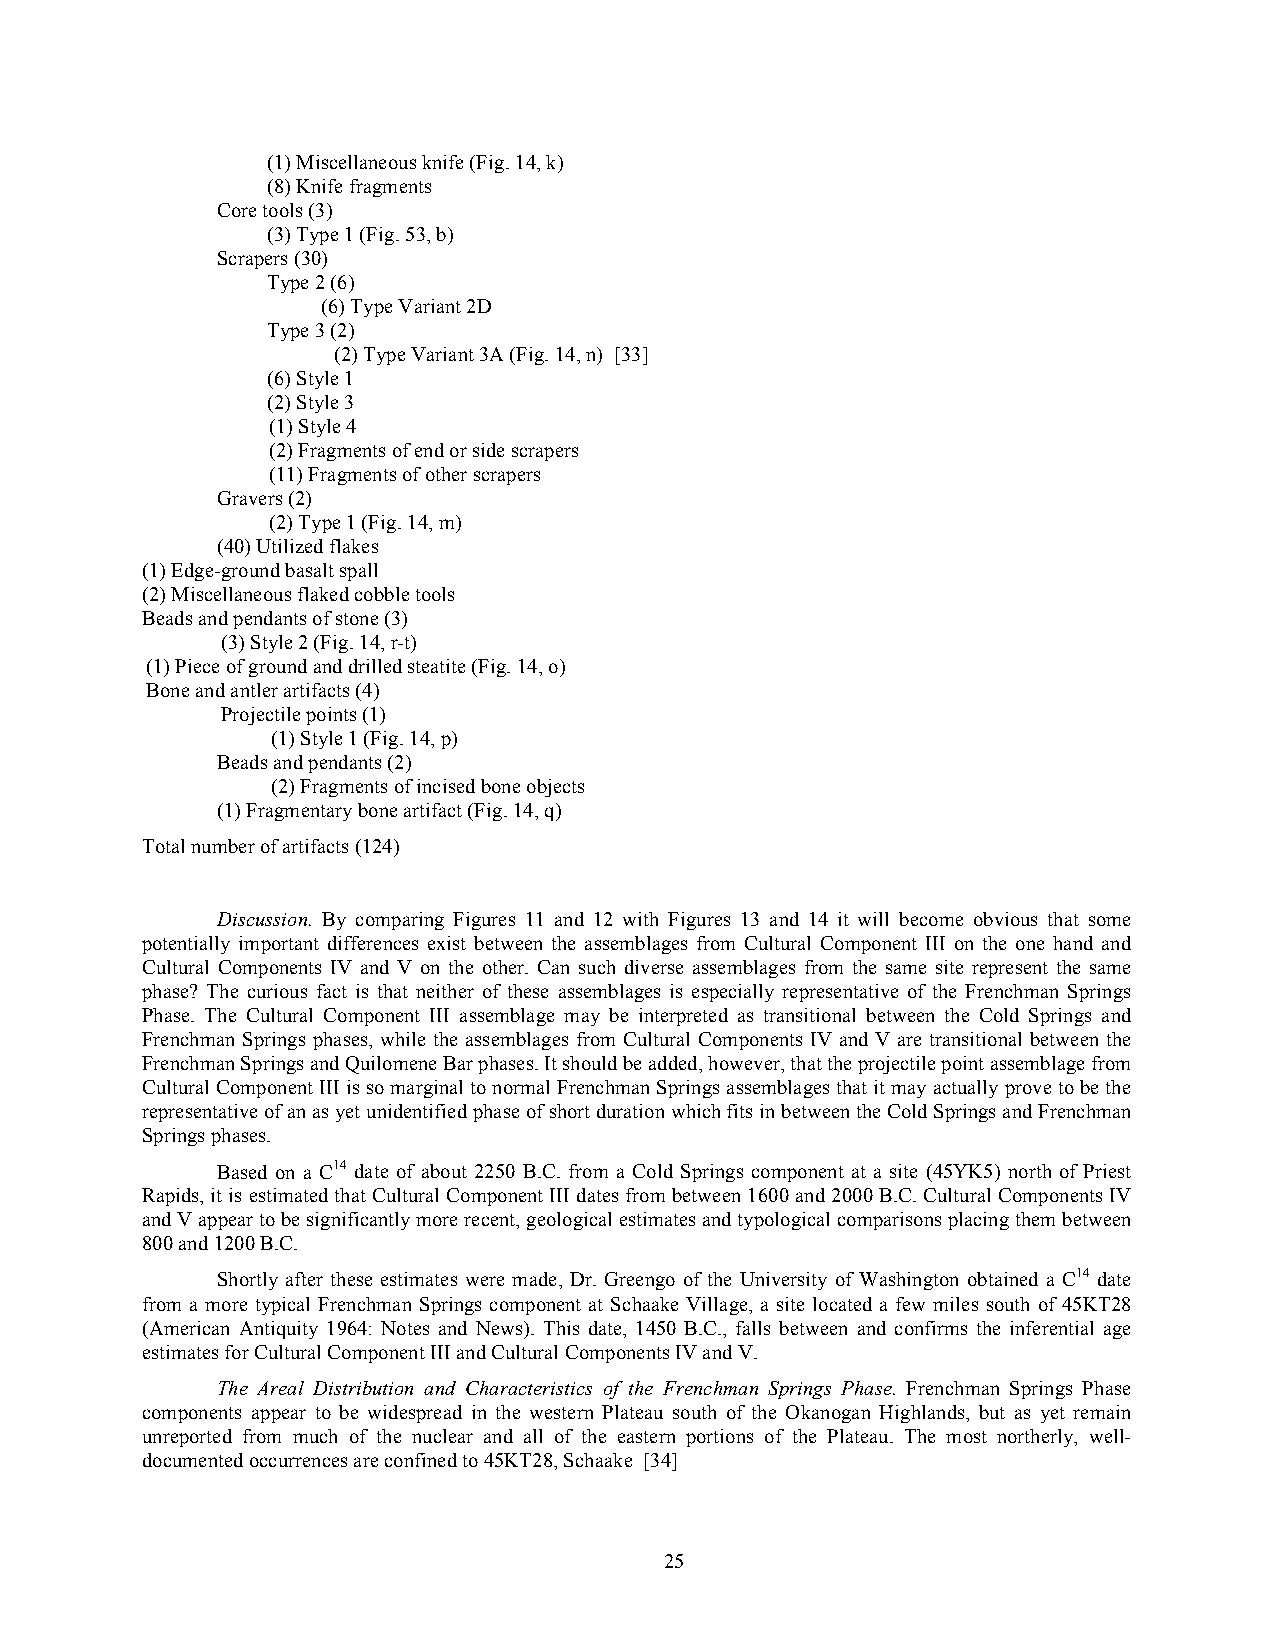
(1) Miscellaneous knife (Fig. 14, k)
 (8) Knife fragments
 Core tools (3)
 (3) Type 1 (Fig. 53, b)
 Scrapers (30)
 Type 2 (6)
 (6) Type Variant 2D
 Type 3 (2)
 (2) Type Variant 3A (Fig. 14, n) [33]
 (6) Style 1
 (2) Style 3
 (1) Style 4
 (2) Fragments of end or side scrapers
 (11) Fragments of other scrapers
 Gravers (2)
 (2) Type 1 (Fig. 14, m)
 (40) Utilized flakes
 (1) Edge-ground basalt spall
 (2) Miscellaneous flaked cobble tools
 Beads and pendants of stone (3)
 (3) Style 2 (Fig. 14, r-t)
 (1) Piece of ground and drilled steatite (Fig. 14, o)
 Bone and antler artifacts (4)
 Projectile points (1)
 (1) Style 1 (Fig. 14, p)
 Beads and pendants (2)
 (2) Fragments of incised bone objects
 (1) Fragmentary bone artifact (Fig. 14, q)
 Total number of artifacts (124)
 Discussion. By comparing Figures 11 and 12 with Figures 13 and 14 it will become obvious that some
 potentially important differences exist between the assemblages from Cultural Component III on the one hand and
 Cultural Components IV and V on the other. Can such diverse assemblages from the same site represent the same
 phase? The curious fact is that neither of these assemblages is especially representative of the Frenchman Springs
 Phase. The Cultural Component III assemblage may be interpreted as transitional between the Cold Springs and
 Frenchman Springs phases, while the assemblages from Cultural Components IV and V are transitional between the
 Frenchman Springs and Quilomene Bar phases. It should be added, however, that the projectile point assemblage from
 Cultural Component III is so marginal to normal Frenchman Springs assemblages that it may actually prove to be the
 representative of an as yet unidentified phase of short duration which fits in between the Cold Springs and Frenchman
 Springs phases.
 Based on a C14 date of about 2250 B.C. from a Cold Springs component at a site (45YK5) north of Priest
 Rapids, it is estimated that Cultural Component III dates from between 1600 and 2000 B.C. Cultural Components IV
 and V appear to be significantly more recent, geological estimates and typological comparisons placing them between
 800 and 1200 B.C.
 Shortly after these estimates were made, Dr. Greengo of the University of Washington obtained a C14 date
 from a more typical Frenchman Springs component at Schaake Village, a site located a few miles south of 45KT28
 (American Antiquity 1964: Notes and News). This date, 1450 B.C., falls between and confirms the inferential age
 estimates for Cultural Component III and Cultural Components IV and V.
 The Areal Distribution and Characteristics of the Frenchman Springs Phase. Frenchman Springs Phase
 components appear to be widespread in the western Plateau south of the Okanogan Highlands, but as yet remain
 unreported from much of the nuclear and all of the eastern portions of the Plateau. The most northerly, well-
 documented occurrences are confined to 45KT28, Schaake [34]
 25